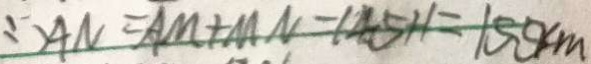
\therefore A N = A M + M N = 1 4 . 5 H = 1 5 . 5 k m